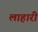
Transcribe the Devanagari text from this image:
लाहारी